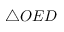
\triangle { O E D }